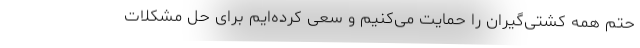
حتم همه کشتی‌گیران را حمایت می‌کنیم و سعی کرده‌ایم برای حل مشکلات